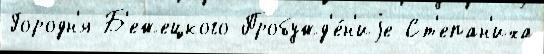
Городн'я Б'ежецкого Пробужд'е́н'иjе Ст'епан'иха